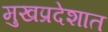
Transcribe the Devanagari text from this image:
मुखप्रदेशात